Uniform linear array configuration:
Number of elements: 12
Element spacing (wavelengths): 0.25
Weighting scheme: uniform
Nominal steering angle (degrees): -45
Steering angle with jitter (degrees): -45.907
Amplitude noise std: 0.05
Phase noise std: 0.05

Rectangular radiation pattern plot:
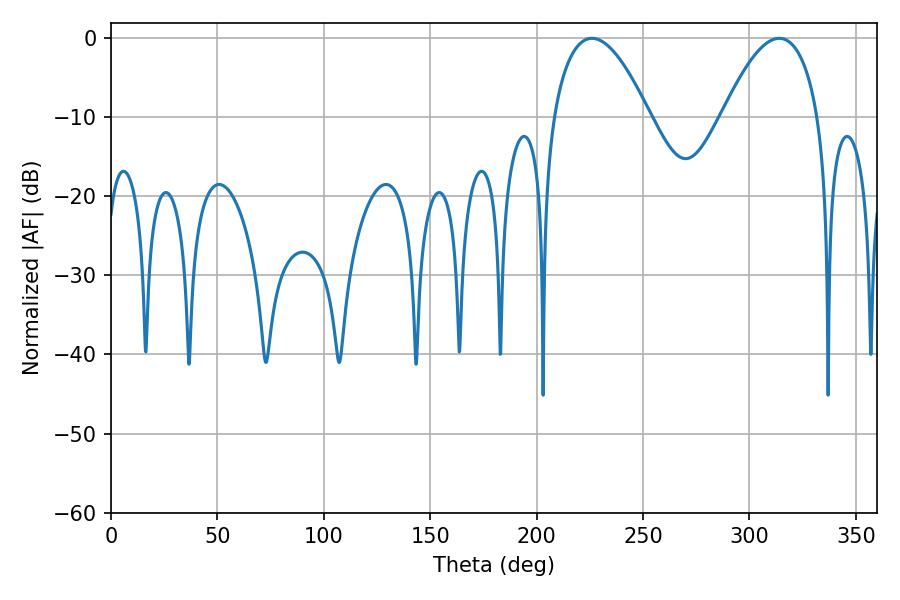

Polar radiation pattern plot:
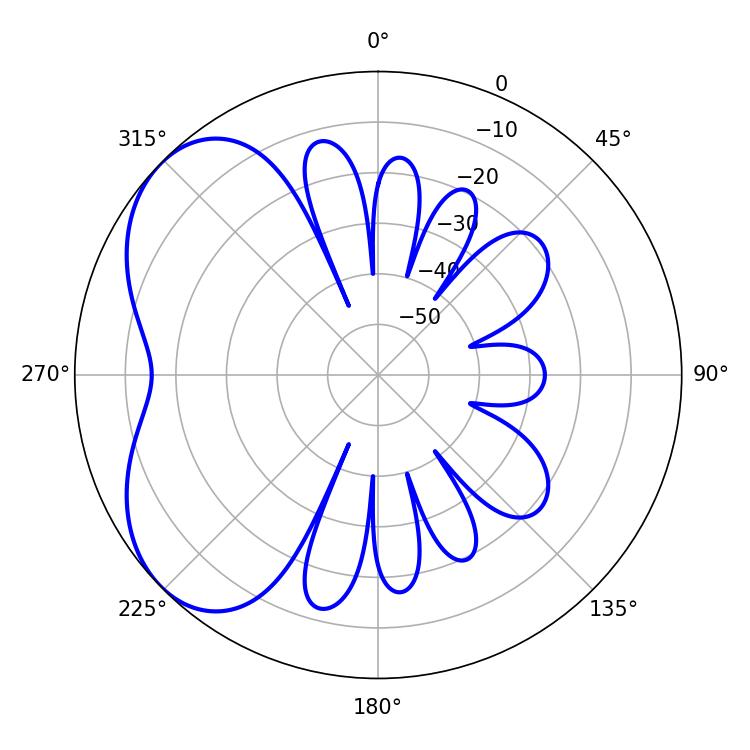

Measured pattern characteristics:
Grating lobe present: FALSE
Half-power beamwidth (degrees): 24.84
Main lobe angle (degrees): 226.08